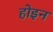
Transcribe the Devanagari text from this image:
होइन